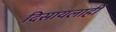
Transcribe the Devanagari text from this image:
दिसायलाही